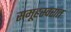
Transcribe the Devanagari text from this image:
समूहस्वरात